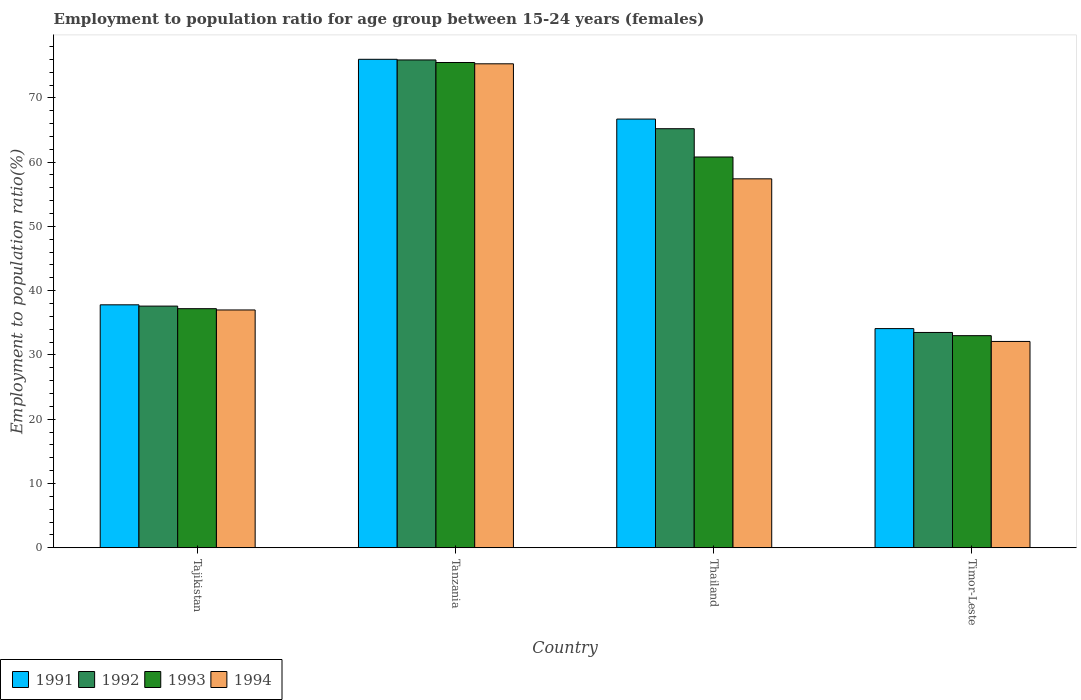
| Country | 1991 | 1992 | 1993 | 1994 |
 | --- | --- | --- | --- | --- |
 | Tajikistan | 37.8 | 37.6 | 37.2 | 37 |
 | Tanzania | 76 | 75.9 | 75.5 | 75.3 |
 | Thailand | 66.7 | 65.2 | 60.8 | 57.4 |
 | Timor-Leste | 34.1 | 33.5 | 33 | 32.1 |